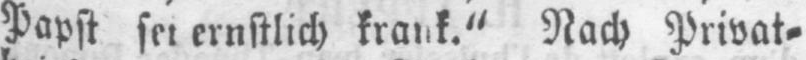
Papst sei ernstlich krank.“ Nach Privat⸗